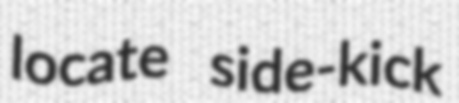
locate side-kick